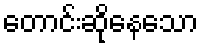
တောင်းဆိုနေသော